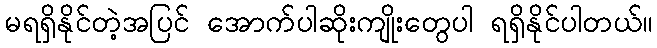
မရရှိနိုင်တဲ့အပြင် အောက်ပါဆိုးကျိုးတွေပါ ရရှိနိုင်ပါတယ်။